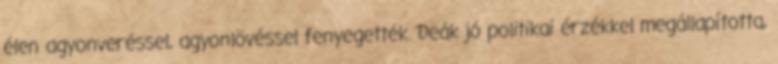
élen agyonveréssel, agyonlövéssel fenyegették. Deák jó politikai érzékkel megállapította,